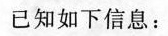
已知如下信息：